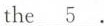
the\underline{5}.